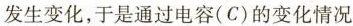
发生变化，于是通过电容(C)的变化情况